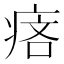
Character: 𤶾